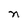
Character: n